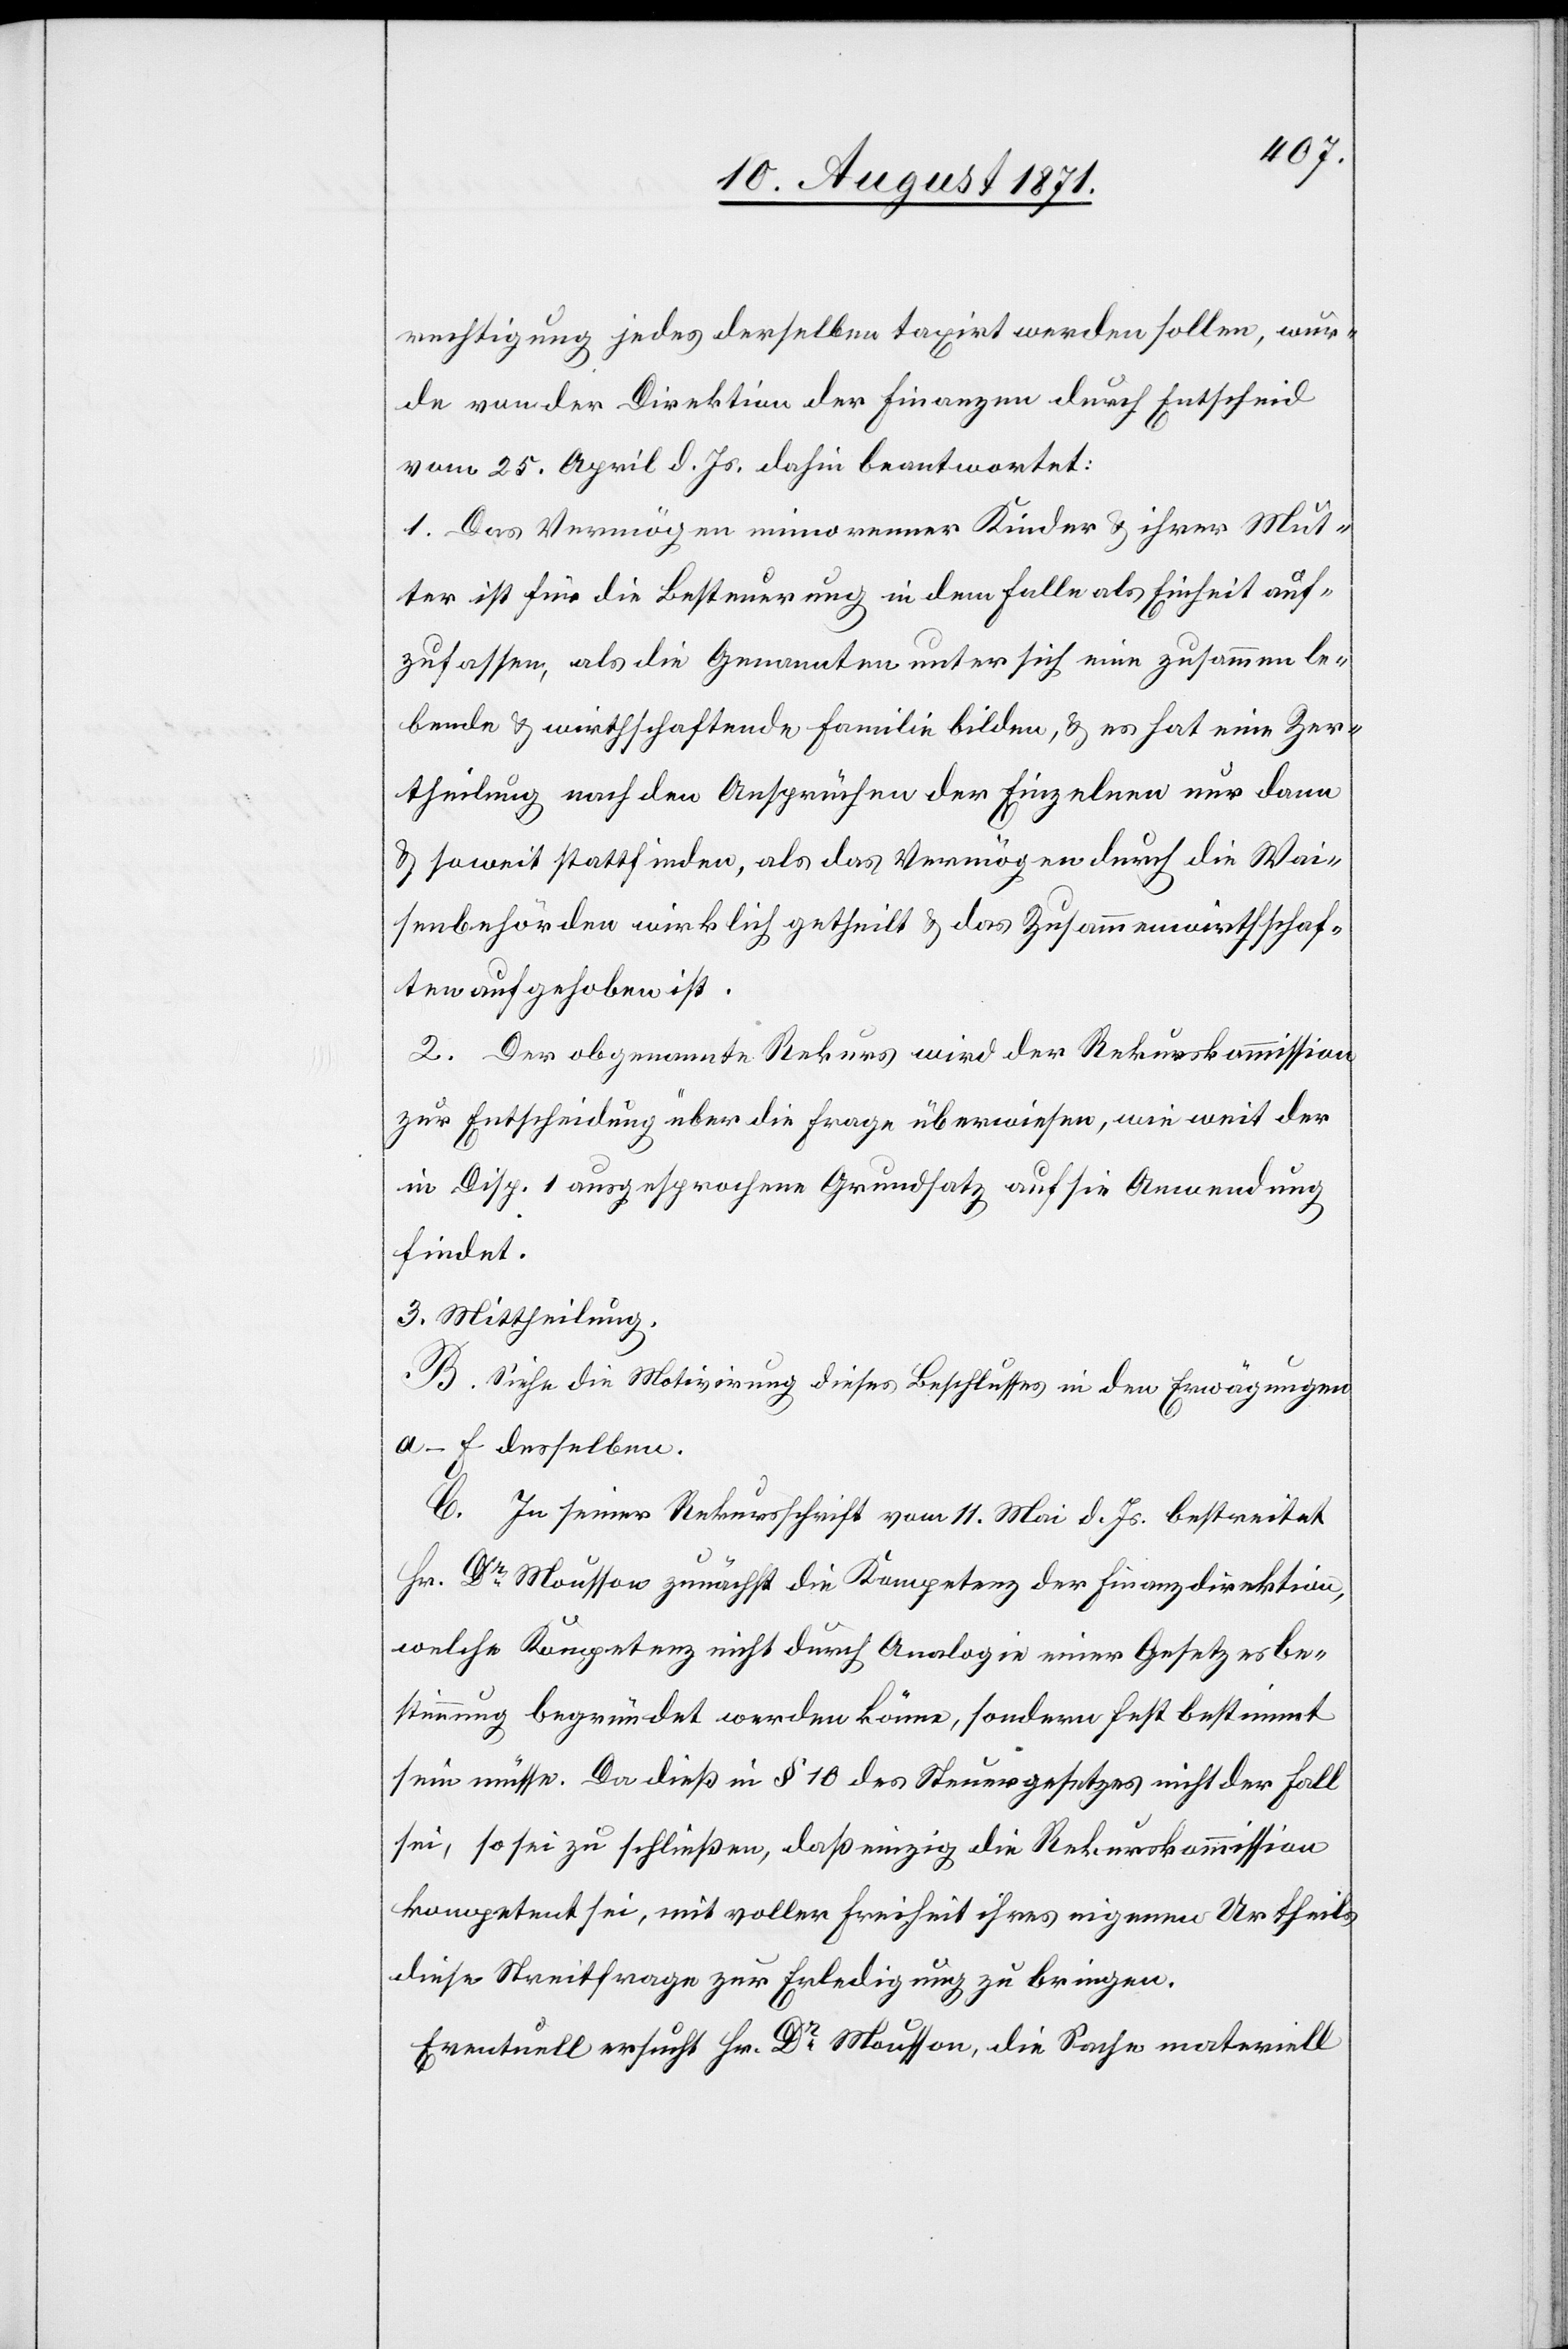
rechtigung jedes derselben taxirt werden sollen, wur¬
de von der Direktion der Finanzen durch Entscheid
vom 25. April d. Js. dahin beantwortet:
1. Das Vermögen minorenner Kinder & ihren Müt¬
tern ist für die Besteuerung in dem Falle als Einheit auf¬
zufassen, als die Genannten unter sich eine zusammen le¬
bende & wirthschaftliche Familie bilden, & es hat eine Zer¬
theilung nach den Ansprüchen der Einzelnen nur dann
& soweit statt[zu]finden, als das Vermögen durch die Wai¬
senbehörden wirklich getheilt & das Zusammenwirthschaf¬
ten aufgehoben ist.
2. Der obgenannte Rekurs wird der Rekurskommission
zur Entscheidung über die Frage überwiesen, wie weit der
in Disp. 1 ausgesprochene Grundsatz auf sie Anwendung
findet.
3. Mittheilung.
B. Siehe die Motivirung dieses Beschlusses in den Erwägungen
a–f derselben.
C. In seiner Rekursschrift vom 11. Mai d. Js. bestreitet
Hr. Dr Mousson zunächst die Kompetenz der Finanzdirektion,
welche Kompetenz nicht durch Analogie einer Gesetzesbe¬
stimmung begründet werden könne, sondern fest bestimmt
sein müsse. Da dieß in § 18 des Steuergesetzes nicht der Fall
sei, so sei zu schließen, daß einzig die Rekurskommission
kompetent sei, mit voller Freiheit ihres eigenen Urtheils
diese Streitfrage zur Erledigung zu bringen.
Eventuell ersucht Hr. Dr Mousson, die Sache materiell